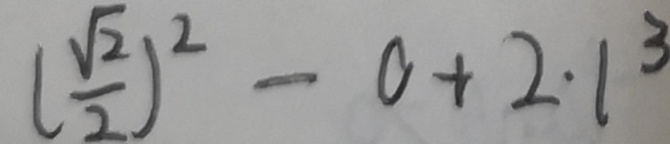
( \frac { \sqrt { 2 } } { 2 } ) ^ { 2 } - 0 + 2 \cdot 1 ^ { 3 }